Insane asylums in Bengal annual reports 1876-1887 - 1876-1887
Year: 1876
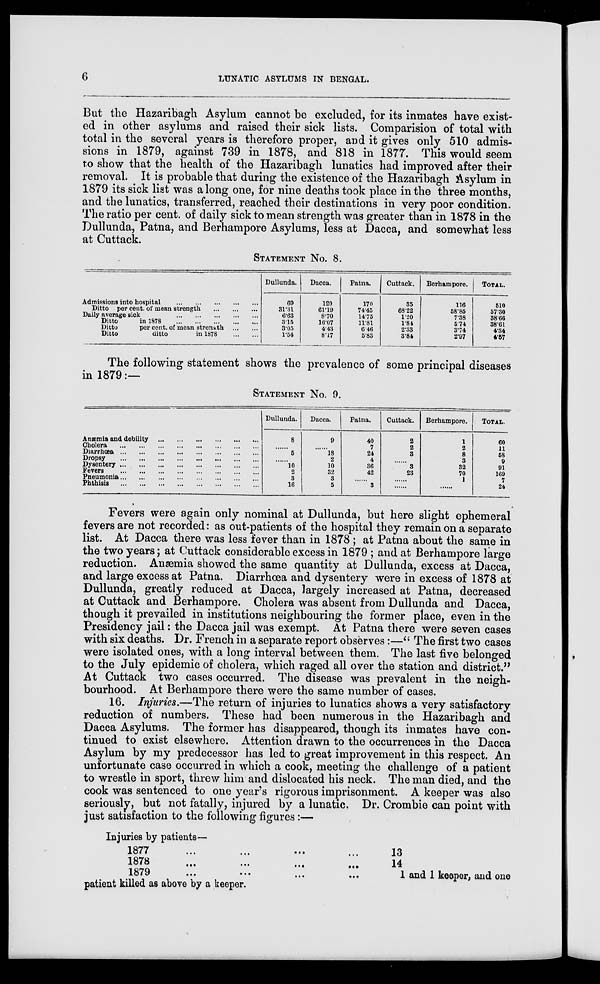
6
LUNATIC ASYLUMS IN BENGAL.
But the Hazaribagh Asylum cannot be excluded, for its inmates have exist-
ed in other asylums and raised their sick lists. Comparision of total with
total in the several years is therefore proper, and it gives only 510 admis-
sions in 1879, against 739 in 1878, and 818 in 1877. This would seem
to show that the health of the Hazaribagh lunatics had improved after their
removal. It is probable that during the existence of the Hazaribagh Asylum in
1879 its sick list was a long one, for nine deaths took place in the three months,
and the lunatics, transferred, reached their destinations in very poor condition.
The ratio per cent. of daily sick to mean strength was greater than in 1878 in the
Dullunda, Patna, and Berhampore Asylums, less at Dacca, and somewhat less
at Cuttack.
STATEMENT No. 8.
Admissions into hospital
... ... ... ... ...
Ditto per cent. of mean strength
... ... ...
Daily average sick
...
...
...
...
...
Ditto
in 1878
...
...
...
...
...
Ditto
per cent. of mean strength
...
...
Ditto
ditto
in 1878
...
...
Dullunda.
69
31.31
6.63
3.15
3.05
1.54
Dacca.
120
61.19
8.70
16.07
4.43
8.17
Patna.
170
74.45
14.75
11.81
6.46
5.83
Cuttack.
35
68.22
1.20
1.84
2.33
3.84
Berhampore.
116
58.85
7.38
5.74
3.74
2.97
TOTAL.
510
57.30
38.66
38.61
4.34
4.57
The following statement shows the prevalence of some principal diseases
in 1879:—
STATEMENT No. 9.
Anæmia and debility
... ... ... ... ... ...
Cholera
...
...
...
...
...
...
...
...
Diarrhœa
...
...
...
...
...
...
...
...
Dropsy
...
...
...
...
...
...
...
...
Dysentery
...
...
...
...
...
...
...
...
Fevers
...
...
...
...
...
...
...
...
Pneumonia
...
...
...
...
...
...
...
...
Phthisis
...
...
...
...
...
...
...
...
Dullunda.
8
......
5
......
10
2
3
16
Dacca.
9
......
18
2
10
32
3
5
Patna.
40
7
24
4
36
42
......
3
Cuttack.
2
2
3
......
3
23
......
......
Berhampore.
1
2
8
3
32
70
1
......
TOTAL.
60
11
58
9
91
169
7
24
Fevers were again only nominal at Dullunda, but here slight ephemeral
fevers are not recorded: as out-patients of the hospital they remain on a separate
list. At Dacca there was less fever than in 1878 ; at Patna about the same in
the two years; at Cuttack considerable excess in 1879 ; and at Berhampore large
reduction. Anæmia showed the same quantity at Dullunda, excess at Dacca,
and large excess at Patna. Diarrhœa and dysentery were in excess of 1878 at
Dullunda, greatly reduced at Dacca, largely increased at Patna, decreased
at Cuttack and Berhampore. Cholera was absent from Dullunda and Dacca,
though it prevailed in institutions neighbouring the former place, even in the
Presidency jail: the Dacca jail was exempt. At Patna there were seven cases
with six deaths. Dr. French in a separate report observes:—" The first two cases
were isolated ones, with a long interval between them. The last five belonged
to the July epidemic of cholera, which raged all over the station and district."
At Cuttack two cases occurred. The disease was prevalent in the neigh-
bourhood. At Berhampore there were the same number of cases.
16. Injuries.—The return of injuries to lunatics shows a very satisfactory
reduction of numbers. These had been numerous in the Hazaribagh and
Dacca Asylums. The former has disappeared, though its inmates have con-
tinued to exist elsewhere. Attention drawn to the occurrences in the Dacca
Asylum by my predecessor has led to great improvement in this respect. An
unfortunate case occurred in which a cook, meeting the challenge of a patient
to wrestle in sport, threw him and dislocated his neck. The man died, and the
cook was sentenced to one year's rigorous imprisonment. A keeper was also
seriously, but not fatally, injured by a lunatic. Dr. Crombie can point with
just satisfaction to the following figures:—
Injuries by patients—
1877 ... ... ... ...
1878
...
...
...
...
1879
...
...
...
...
13
14
1 and 1 keeper, and one
patient killed as above by a keeper.